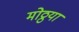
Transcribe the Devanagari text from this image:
मोठ्ठया